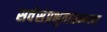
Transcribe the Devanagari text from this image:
सर्वसंप्रभुतासम्पन्न